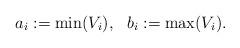
LaTeX: \begin{align*} a_i := \min (V_i), \ \ b_i := \max (V_i).\end{align*}